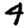
Digit: 4